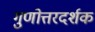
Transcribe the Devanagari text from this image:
गुणोत्तरदर्शक